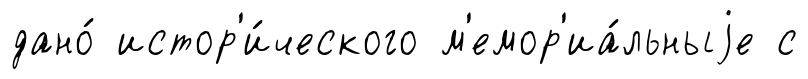
дано́ истор'и́ческого м'емор'иа́льныjе с